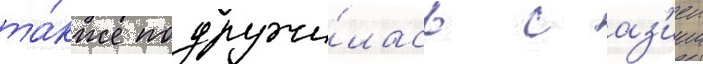
та́кже подружи́лась с аз'иеи